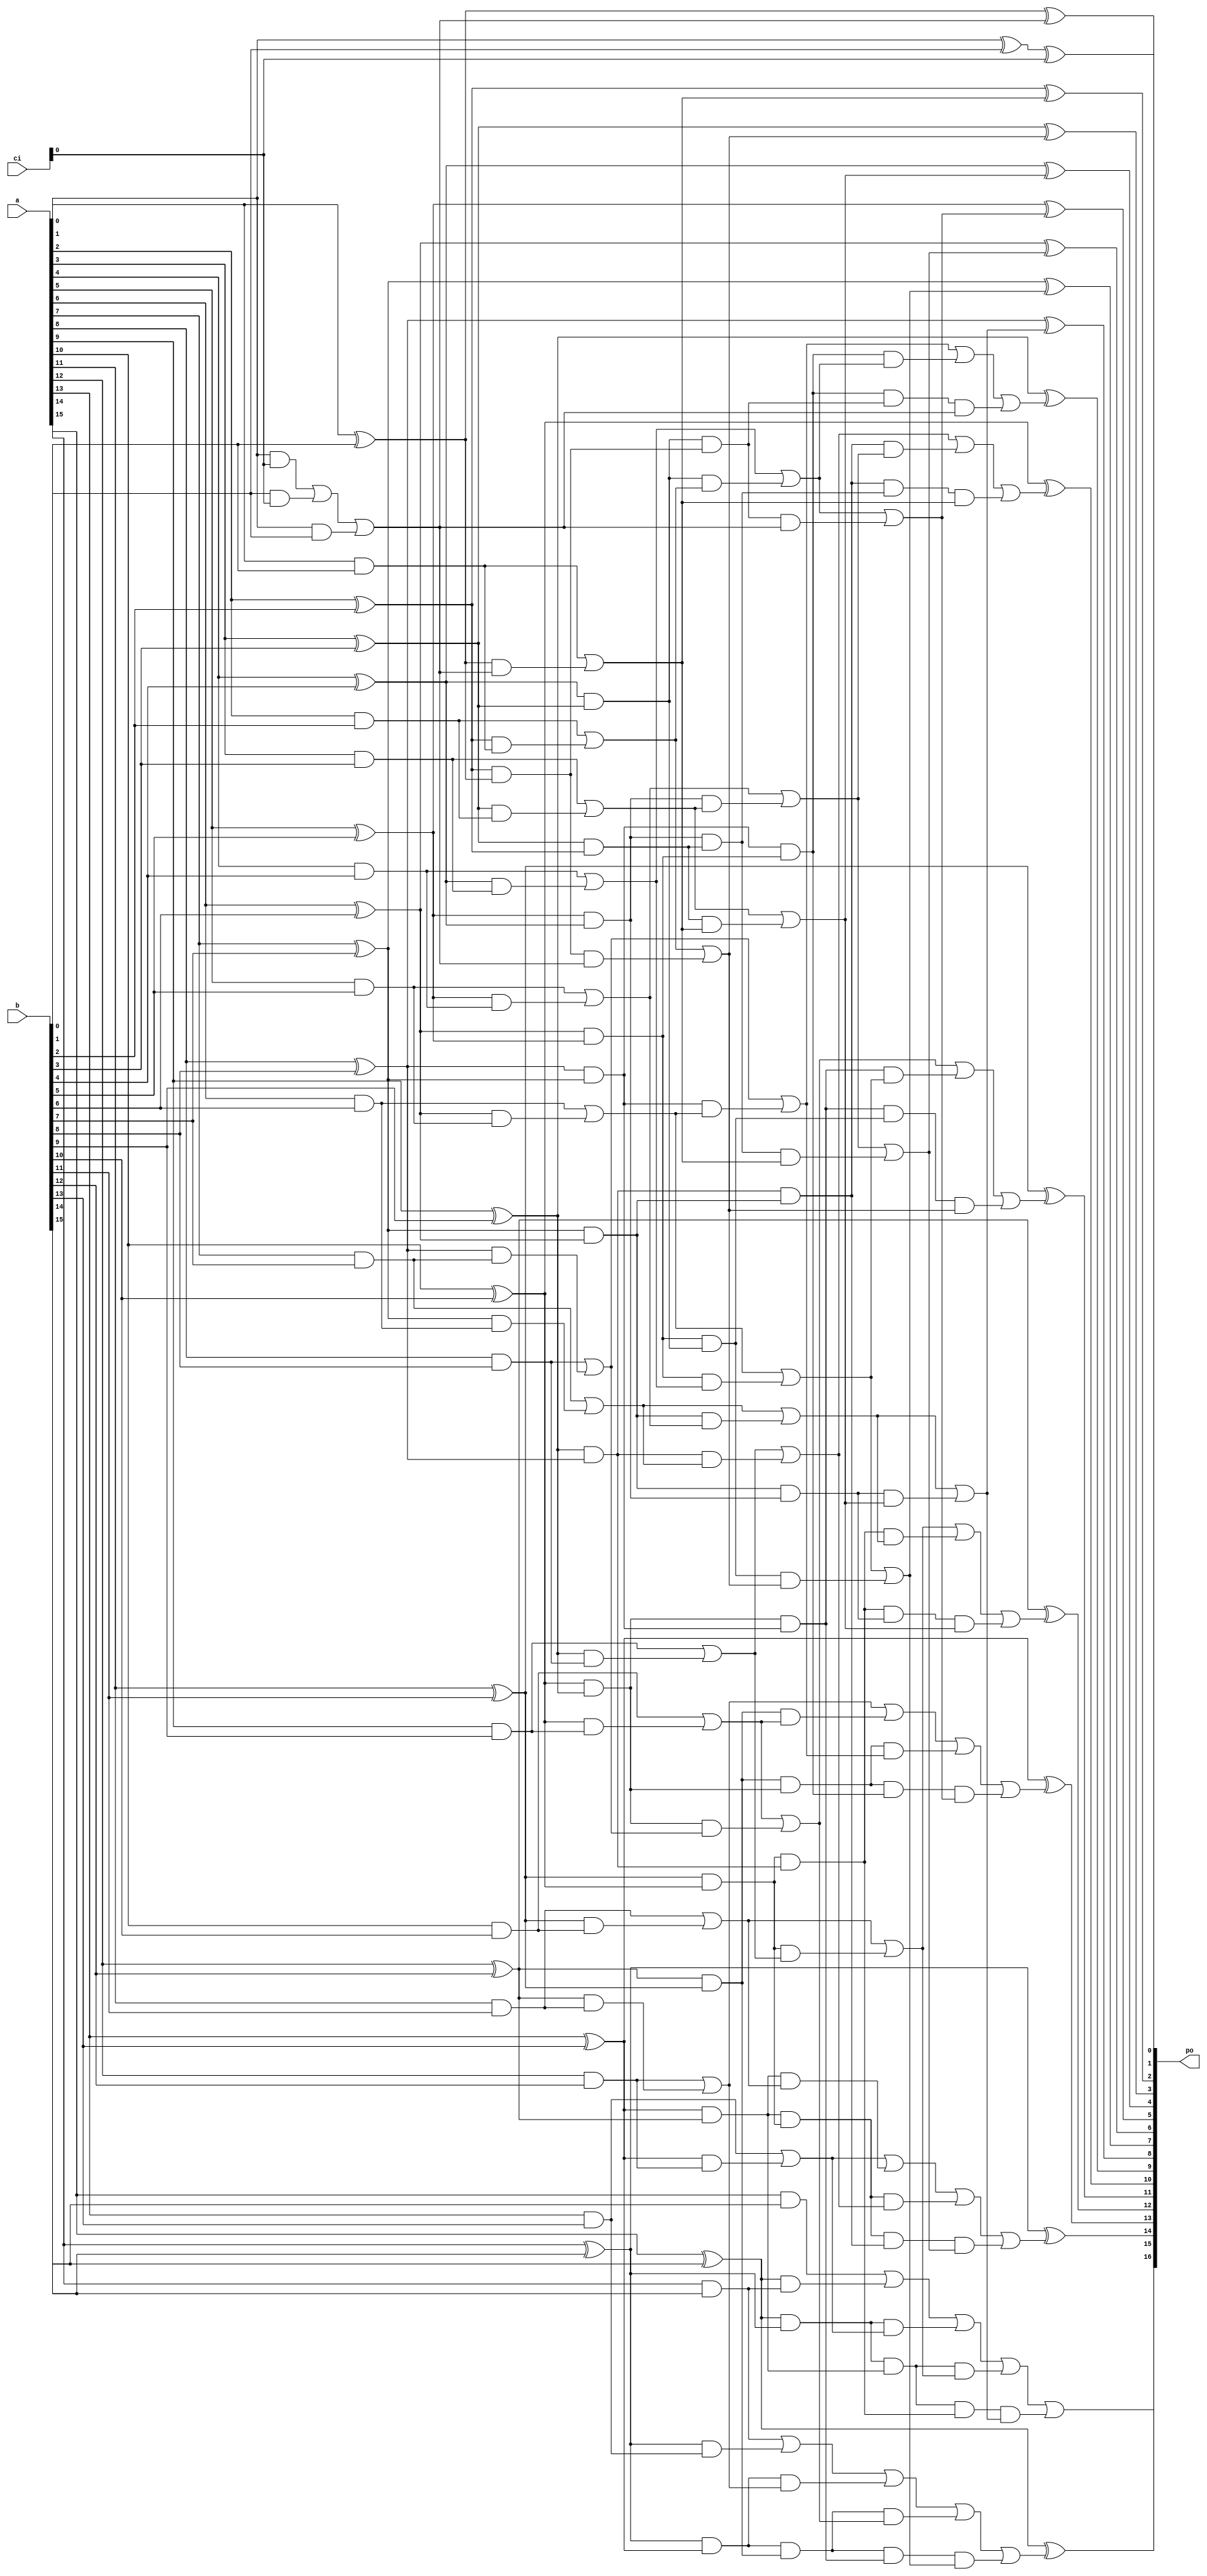
`timescale 1ns / 1ps
//////////////////////////////////////////////////////////////////////////////////
// 
// Design Name: adder
// Module Name: adder_ksa
// Description: Kogge-Stone Adder
// License: MIT
//  Copyright (c) 2024 Dmitry Matyunin
//  Permission is hereby granted, free of charge, to any person obtaining a copy
//  of this software and associated documentation files (the "Software"), to deal
//  in the Software without restriction, including without limitation the rights
//  to use, copy, modify, merge, publish, distribute, sublicense, and/or sell
//  copies of the Software, and to permit persons to whom the Software is
//  furnished to do so, subject to the following conditions:
//
//  The above copyright notice and this permission notice shall be included in
//  all copies or substantial portions of the Software.
//
//  THE SOFTWARE IS PROVIDED "AS IS", WITHOUT WARRANTY OF ANY KIND, EXPRESS OR
//  IMPLIED, INCLUDING BUT NOT LIMITED TO THE WARRANTIES OF MERCHANTABILITY
//  FITNESS FOR A PARTICULAR PURPOSE AND NONINFRINGEMENT. IN NO EVENT SHALL THE
//  AUTHORS OR COPYRIGHT HOLDERS BE LIABLE FOR ANY CLAIM, DAMAGES OR OTHER
//  LIABILITY, WHETHER IN AN ACTION OF CONTRACT, TORT OR OTHERWISE, ARISING FROM,
//  OUT OF OR IN CONNECTION WITH THE SOFTWARE OR THE USE OR OTHER DEALINGS IN
//  THE SOFTWARE.
// 
//////////////////////////////////////////////////////////////////////////////////

// Radix 2
module adder_ksa_r2 #(
	parameter WIDTH = 16
)
(
	input wire [WIDTH-1:0]a,
	input wire [WIDTH-1:0]b,
	input wire [WIDTH-1:0]ci,
	output wire [WIDTH:0]po
);

localparam GP = $clog2(WIDTH);

reg [WIDTH-1:0]p[GP:0];
reg [WIDTH-1:0]g[GP:0];
reg [WIDTH-1:0]s;
reg c;

integer i, j;

assign po = {c, s};

always @(*) begin
	for (i = 0; i < WIDTH; i = i + 1) begin
		p[0][i] = a[i] ^ b[i];
		if (i == 0) begin
			g[0][i] = (a[i] & ci) | (b[i] & ci) | (a[i] & b[i]);
		end else begin
			g[0][i] = a[i] & b[i];
		end
	end
	
	for (i = 0; i < GP; i = i + 1) begin
		for (j = 0; j < WIDTH; j = j + 1) begin
			g[i+1][j] = g[i][j];
			p[i+1][j] = p[i][j];
		end
		for (j = 2**i; j < WIDTH; j = j + 1) begin
			g[i+1][j] = g[i][j] | (p[i][j] & g[i][j-2**i]);
			p[i+1][j] = p[i][j];
			if (j >= 2**(i+1)) begin
				p[i+1][j] = p[i][j] & p[i][j-2**i];
			end
		end
	end
	
	c = g[GP][WIDTH-1];
	for (i = 0; i < WIDTH; i = i + 1) begin
		if (i == 0) begin
			s[i] = p[0][i] ^ ci;
		end else begin
			s[i] = p[0][i] ^ g[GP][i-1];
		end
	end 
end

endmodule